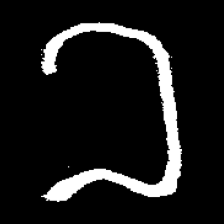
Pyu character \u2014 Myanmar letter: ခ (romanized: kha)